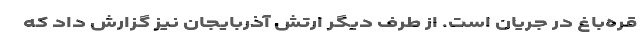
قره‌باغ در جریان است. از طرف دیگر ارتش آذربایجان نیز گزارش داد که